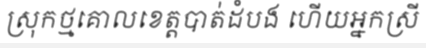
ស្រុកថ្មគោលខេត្តបាត់ដំបង ហើយអ្នកស្រី